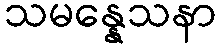
သမန္နေသနာ